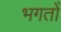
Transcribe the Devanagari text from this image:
भगतोँ